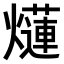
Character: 𤑞